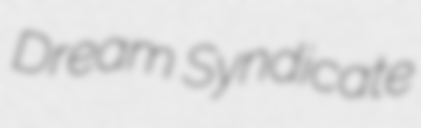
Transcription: Dream Syndicate